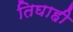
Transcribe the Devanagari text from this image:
तिघाही